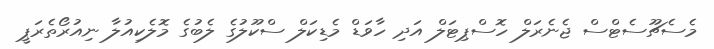
މެސެޗޫސެޓްސް ޖެނެރަލް ހޮސްޕިޓަލް އަދި ހާވަޑް މެޑިކަލް ސްކޫލުގެ ލެބުގެ މޮލެކިއުލާ ނިއުރޯތެރަޕީ